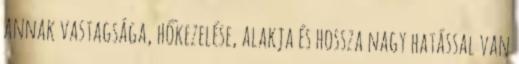
annak vastagsága, hőkezelése, alakja és hossza nagy hatással van